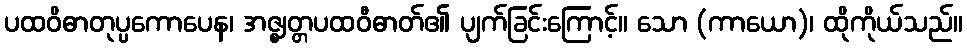
ပထဝိဓာတုပ္ပကောပေန၊ အဇ္ဈတ္တပထဝီဓာတ်၏ ပျက်ခြင်းကြောင့်။ သော (ကာယော)၊ ထိုကိုယ်သည်။